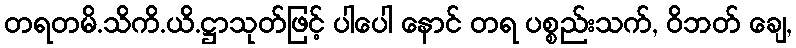
တရတမိ.သိကိ.ယိ.ဋ္ဌာသုတ်ဖြင့် ပါပေါ နောင် တရ ပစ္စည်းသက်, ဝိဘတ် ချေ,